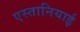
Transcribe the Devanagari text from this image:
एस्तानियाई